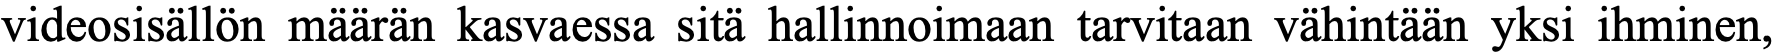
videosisällön määrän kasvaessa sitä hallinnoimaan tarvitaan vähintään yksi ihminen,